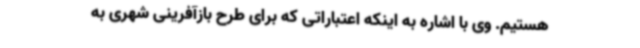
هستیم. وی با اشاره به اینکه اعتباراتی که برای طرح بازآفرینی شهری به